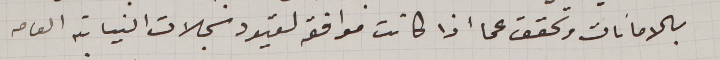
بالامانات وتحقق عما اذا كانت موافقه لقيود سجلات النيابة العامه